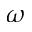
\omega